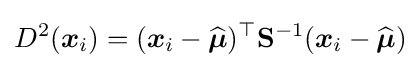
D^{2}({\boldsymbol {x}}_{i})=({\boldsymbol {x}}_{i}-{\widehat {\boldsymbol {\mu }}})^{\top }\mathbf {S} ^{-1}({\boldsymbol {x}}_{i}-{\widehat {\boldsymbol {\mu }}})